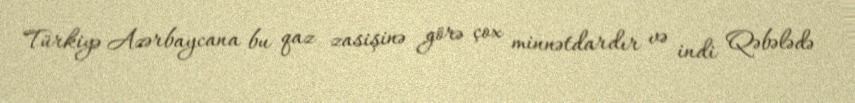
Türkiyə Azərbaycana bu qaz zasişinə görə çox minnətdardır və indi Qəbələdə